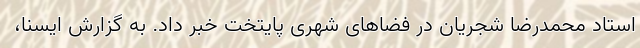
استاد محمدرضا شجریان در فضاهای شهری پایتخت خبر داد. به گزارش ایسنا،